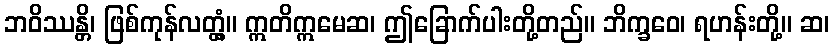
ဘဝိဿန္တိ၊ ဖြစ်ကုန်လတ္တံ့။ ဣတိဣမေဆ၊ ဤခြောက်ပါးတို့တည်။ ဘိက္ခဝေ၊ ရဟန်းတို့။ ဆ၊